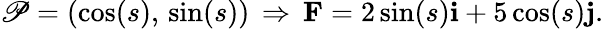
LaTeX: \mathscr{P}=(\cos(s),\, \sin(s))\, \Rightarrow\, \mathbf{{F}}=2\sin(s)\mathbf{{i}}+5\cos(s)\mathbf{{j}}.